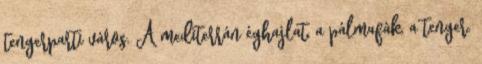
tengerparti város. A mediterrán éghajlat, a pálmafák, a tenger.